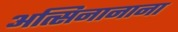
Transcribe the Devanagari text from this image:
अत्सिनानाना